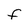
Character: F